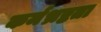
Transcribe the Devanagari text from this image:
कर्मभ्रष्टता